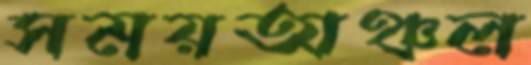
সময়অঞ্চল